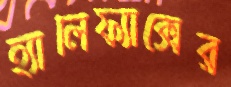
হ্যালিফ্যাক্সের